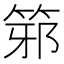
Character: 𥭕